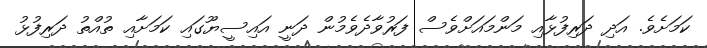
ކަމަށެވެ. އަދި ދަރިފުޅާއި މަންމައަށްވެސް ފަރުވާދެވެމުން ދަނީ އައިސީޔޫގައި ކަމަށާއި ތުއްތު ދަރިފުޅު